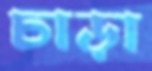
চাড়া